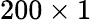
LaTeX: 200\times 1